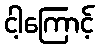
ငါ့ကြောင့်